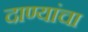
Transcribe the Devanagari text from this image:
दाण्यांचा